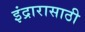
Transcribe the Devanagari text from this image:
इंद्रारासाठी